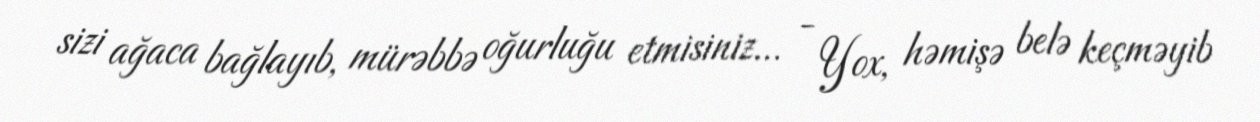
sizi ağaca bağlayıb, mürəbbə oğurluğu etmisiniz... - Yox, həmişə belə keçməyib